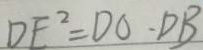
D E ^ { 2 } = D O \cdot D B